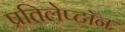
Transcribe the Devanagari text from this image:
प्रतिलेप्टॉन